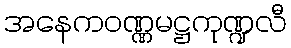
အနေကဝဏ္ဏမဋ္ဌကုဏ္ဍလီ